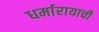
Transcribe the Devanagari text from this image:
धर्मारायाची